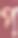
প